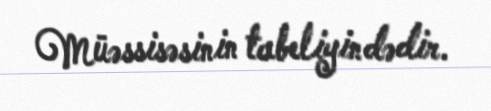
Müəssisəsinin tabeliyindədir.